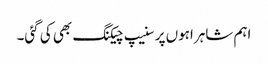
اہم شاہراہوں پر سنیپ چیکنگ بھی کی گئی۔